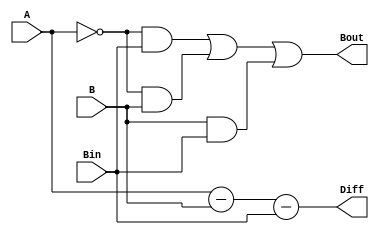
`timescale 1ns / 1ps

module Subtractor_1bit(A, B, Bin, Diff, Bout);

input A, B, Bin;
output Diff, Bout;
assign Diff = (A - B - Bin);
assign Bout = ((~A & Bin) | (~A & B) | (B & Bin)); // k-map reduction of Bout based on provided truth table
endmodule